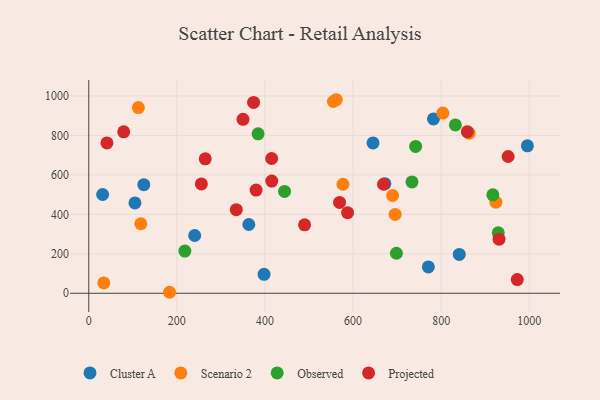
{"axis": {"x": "Study Hours", "y": "Demand"}, "legend": ["Cluster A", "Observed", "Projected", "Scenario 2"], "data": [{"x": "771.0", "y": 133.4, "type": "Cluster A"}, {"x": "240.5", "y": 292.8, "type": "Cluster A"}, {"x": "398.0", "y": 96.0, "type": "Cluster A"}, {"x": "104.9", "y": 458.1, "type": "Cluster A"}, {"x": "672.3", "y": 555.7, "type": "Cluster A"}, {"x": "645.4", "y": 762.3, "type": "Cluster A"}, {"x": "995.8", "y": 747.2, "type": "Cluster A"}, {"x": "841.2", "y": 196.7, "type": "Cluster A"}, {"x": "125.0", "y": 550.2, "type": "Cluster A"}, {"x": "31.5", "y": 500.6, "type": "Cluster A"}, {"x": "782.6", "y": 883.7, "type": "Cluster A"}, {"x": "363.4", "y": 348.6, "type": "Cluster A"}, {"x": "577.1", "y": 552.7, "type": "Scenario 2"}, {"x": "863.5", "y": 811.5, "type": "Scenario 2"}, {"x": "924.4", "y": 461.7, "type": "Scenario 2"}, {"x": "803.9", "y": 913.5, "type": "Scenario 2"}, {"x": "34.2", "y": 52.4, "type": "Scenario 2"}, {"x": "183.4", "y": 5.1, "type": "Scenario 2"}, {"x": "689.9", "y": 495.7, "type": "Scenario 2"}, {"x": "561.9", "y": 981.0, "type": "Scenario 2"}, {"x": "695.6", "y": 399.9, "type": "Scenario 2"}, {"x": "555.4", "y": 971.9, "type": "Scenario 2"}, {"x": "112.6", "y": 941.0, "type": "Scenario 2"}, {"x": "118.2", "y": 352.5, "type": "Scenario 2"}, {"x": "742.1", "y": 744.2, "type": "Observed"}, {"x": "733.8", "y": 564.6, "type": "Observed"}, {"x": "917.4", "y": 499.1, "type": "Observed"}, {"x": "444.5", "y": 516.2, "type": "Observed"}, {"x": "832.3", "y": 853.3, "type": "Observed"}, {"x": "698.5", "y": 203.0, "type": "Observed"}, {"x": "384.4", "y": 808.2, "type": "Observed"}, {"x": "218.2", "y": 213.8, "type": "Observed"}, {"x": "929.7", "y": 306.6, "type": "Observed"}, {"x": "255.7", "y": 554.5, "type": "Projected"}, {"x": "859.5", "y": 818.9, "type": "Projected"}, {"x": "350.2", "y": 881.6, "type": "Projected"}, {"x": "931.5", "y": 274.4, "type": "Projected"}, {"x": "41.3", "y": 762.0, "type": "Projected"}, {"x": "415.2", "y": 683.0, "type": "Projected"}, {"x": "587.7", "y": 408.5, "type": "Projected"}, {"x": "334.9", "y": 423.6, "type": "Projected"}, {"x": "264.5", "y": 681.4, "type": "Projected"}, {"x": "79.4", "y": 818.2, "type": "Projected"}, {"x": "379.9", "y": 523.3, "type": "Projected"}, {"x": "952.1", "y": 693.2, "type": "Projected"}, {"x": "490.0", "y": 347.1, "type": "Projected"}, {"x": "669.3", "y": 552.5, "type": "Projected"}, {"x": "569.4", "y": 460.5, "type": "Projected"}, {"x": "972.8", "y": 69.3, "type": "Projected"}, {"x": "374.2", "y": 967.3, "type": "Projected"}, {"x": "415.5", "y": 568.6, "type": "Projected"}]}